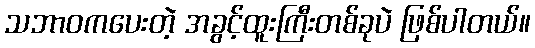
သဘာဝကပေးတဲ့ အခွင့်ထူးကြီးတစ်ခုပဲ ဖြစ်ပါတယ်။